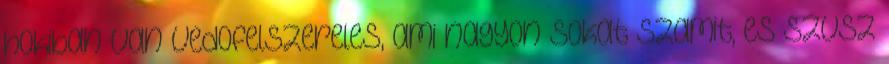
hokiban van vedofelszereles, ami nagyon sokat szamit, es szvsz